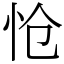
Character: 怆